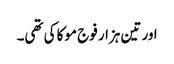
اور تین ہزار فوج موکا کی تھی۔